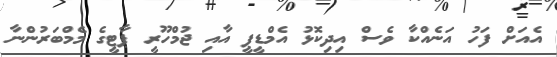
އެއަށް ފަހު އަނެއްކާ ވެސް އިދިކޮޅު އެމްޑީޕީ އާއި ޖުމްހޫރީ ޕާޓީގެ މެމްބަރުންނާ